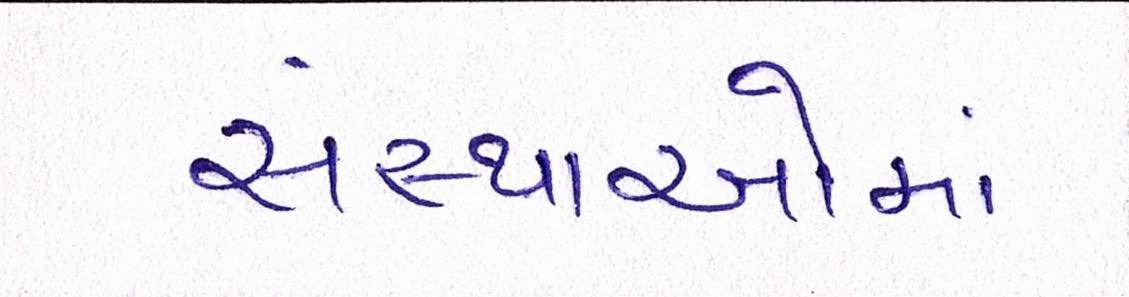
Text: સંસ્થાઓમાં